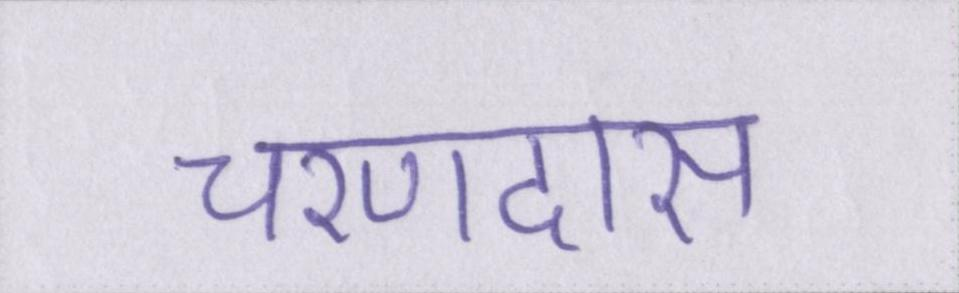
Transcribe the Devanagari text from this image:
चरणदास